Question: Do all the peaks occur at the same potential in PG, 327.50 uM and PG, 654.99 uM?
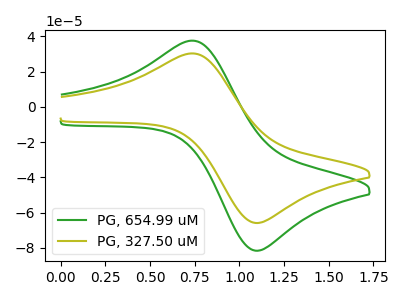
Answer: <think>The green curve "PG, 654.99 uM" has an anodic peak at (0.75V, 37.60uA) and a cathodic peak at (1.10V, -81.70uA). The olive curve "PG, 327.50 uM" has an anodic peak at (0.75V, 30.35uA) and a cathodic peak at (1.10V, -65.95uA).</think>
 <answer>Yes, "PG, 327.50 uM" have a peak in "PG, 654.99 uM" at the same potential.</answer>
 <eval>match</eval>